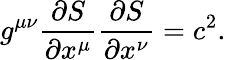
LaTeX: g^{\mu\nu}{\frac{\partial S}{\partial x^{\mu}}}{\frac{\partial S}{\partial x^{\nu}}}=c^{2}.